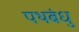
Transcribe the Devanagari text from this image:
पथबंधु